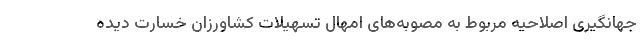
جهانگیری اصلاحیه مربوط به مصوبه‌های امهال تسهیلات کشاورزان خسارت دیده